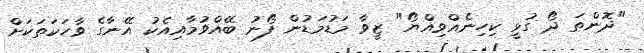
"ދޮންތަ ދޯ ގުޅީ ކިހިނެއްވިއްޔޯ" ޒީވާ މަޑުމަޑުން ފޯނު ބޭއްވުމާއިއެކު އޭނާގެ ވާހަކަތަކަށް